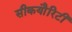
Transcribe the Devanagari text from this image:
सीकयौरिटी